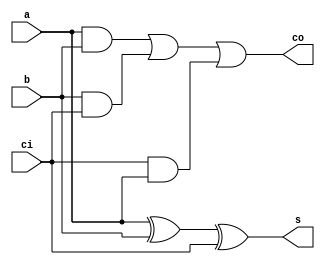
`timescale 1ns / 1ps
//////////////////////////////////////////////////////////////////////////////////
// Company: 
// Engineer: 
// 
// Design Name: 
// Module Name:    fulladder 
// Project Name: 
// Target Devices: 
// Tool versions: 
// Description: 
//
// Dependencies: 
//
// Revision: 
// Revision 0.01 - File Created
// Additional Comments: 
//
//////////////////////////////////////////////////////////////////////////////////
module fulladder(
    input a,b,ci,
    output s,co
    );
	 wire d,e,f;
	 assign d=a&b;
	 assign e=b&ci;
	 assign f=ci&a;
	 assign s=a^b^ci;
	 assign co=d|e|f;


endmodule